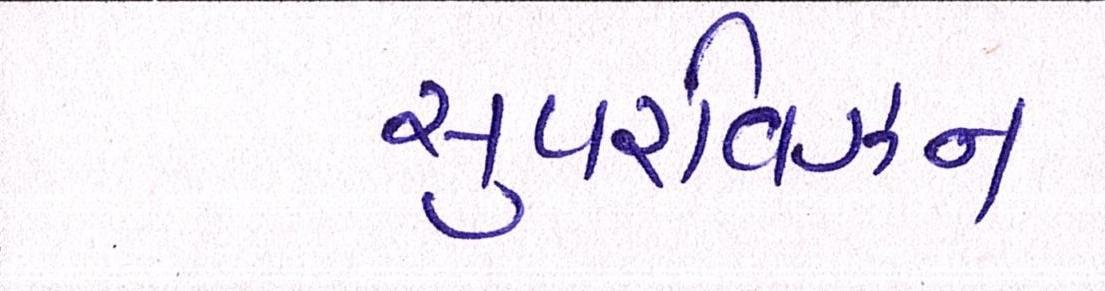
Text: સુપરવિઝન